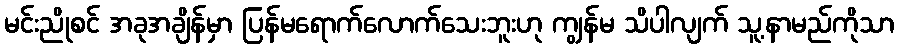
မင်းညိုစင် အခုအချိန်မှာ ပြန်မရောက်လောက်သေးဘူးဟု ကျွန်မ သိပါလျက် သူ့နာမည်ကိုသာ